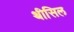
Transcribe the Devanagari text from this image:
थीसिल